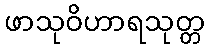
ဖာသုဝိဟာရသုတ္တ